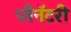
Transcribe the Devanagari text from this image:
प्लैनॅटरी